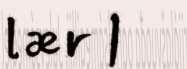
lær |